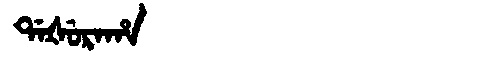
Manchu: ᡩᠠᡧᡠᡵᠠᡥᠠ
Romanization: DAŠURAHA